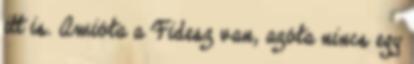
itt is. Amióta a Fidesz van, azóta nincs egy